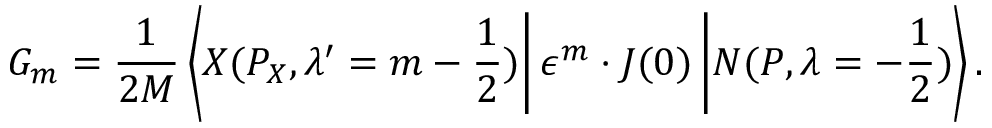
G _ { m } = \frac { 1 } { 2 M } \left\langle X ( P _ { X } , \lambda ^ { \prime } = m - \frac { 1 } { 2 } ) \right| \epsilon ^ { m } \cdot J ( 0 ) \left| N ( P , \lambda = - \frac { 1 } { 2 } ) \right\rangle .